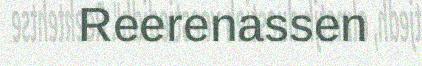
Reerenassen